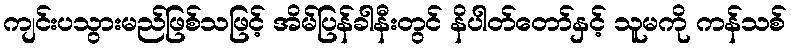
ကျင်းပသွားမည်ဖြစ်သဖြင့် အိမ်ပြန်ခါနီးတွင် နိပါတ်တော်နှင့် သူမကို ကန်သစ်